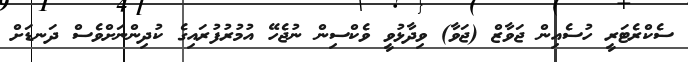
ސެކްރެޓަރީ ހުސެއިން ޖަވާޒް (ޖަވާ) ވިދާޅުވީ ވެކްސިން ނުޖެހޭ އުމުރުފުރައިގެ ކުދިންނަށްވެސް ދަނޑަށް